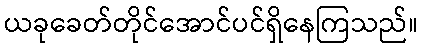
ယခုခေတ်တိုင်အောင်ပင်ရှိနေကြသည်။